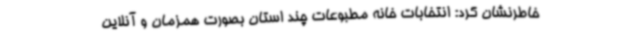
خاطرنشان کرد: انتخابات خانه مطبوعات چند استان بصورت همزمان و آنلاین